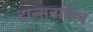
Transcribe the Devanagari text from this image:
ट्रान्सनामिब